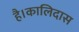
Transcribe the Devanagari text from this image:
है।कालिदास